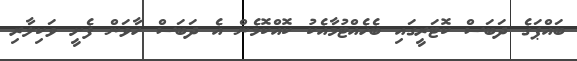
ބައްޕަގެ ދަބަސް ކޮޓަރީގައި ބެހެއްޓުމާއެކު ކޮއްކޮމެން އެ ދަބަސް ހާވަން ފެށީ ވަކިލާރި